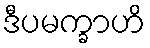
ဒီပမက္ခာဟိ